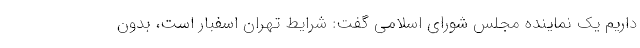
داریم یک نماینده مجلس شورای اسلامی گفت: شرایط تهران اسفبار است، بدون